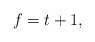
\begin{align*}f = t + 1,\end{align*}